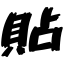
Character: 貼